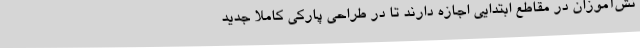
نش‌آموزان در مقاطع ابتدایی اجازه دارند تا در طراحی پارکی کاملا جدید